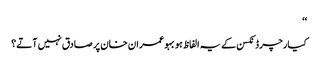
‘‘
کیارچرڈ نکسن کے یہ الفاظ ہوبہو عمران خان پر صادق نہیں آتے؟